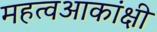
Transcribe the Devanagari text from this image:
महत्वआकांक्षी